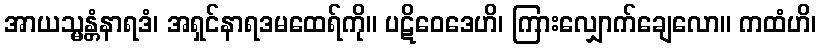
အာယသ္မန္တံနာရဒံ၊ အရှင်နာရဒမထေရ်ကို။ ပဋိဝေဒေဟိ၊ ကြားလျှောက်ချေလော။ ကထံဟိ၊